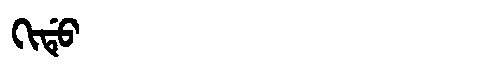
Manchu: ᡴᡳᡩᡠ
Romanization: KIDU